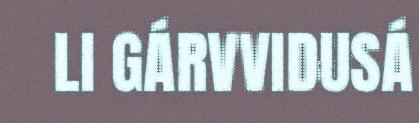
LI GÁRVVIDUSÁ